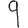
Digit: 9